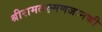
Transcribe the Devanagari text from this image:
श्रीरामलक्ष्मणजानकी